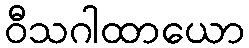
ဝီသဂါထာယော